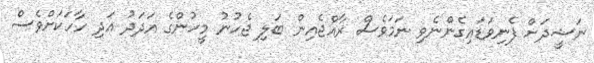
ނަޝީދަށް ފެނިވަޑައިގެންނެވި ނަމަވެސް ރާއްޖެއިން ބަލި ޖެހުނު މީހުންގެ އަދަދު އަދި ހާހަކަށްވެސް